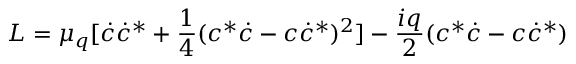
{ \cal L } = \mu _ { q } [ \dot { c } \dot { c } ^ { * } + \frac { 1 } { 4 } ( c ^ { * } \dot { c } - c \dot { c } ^ { * } ) ^ { 2 } ] - \frac { i q } { 2 } ( c ^ { * } \dot { c } - c \dot { c } ^ { * } )